Juri_Uluots, lk 25
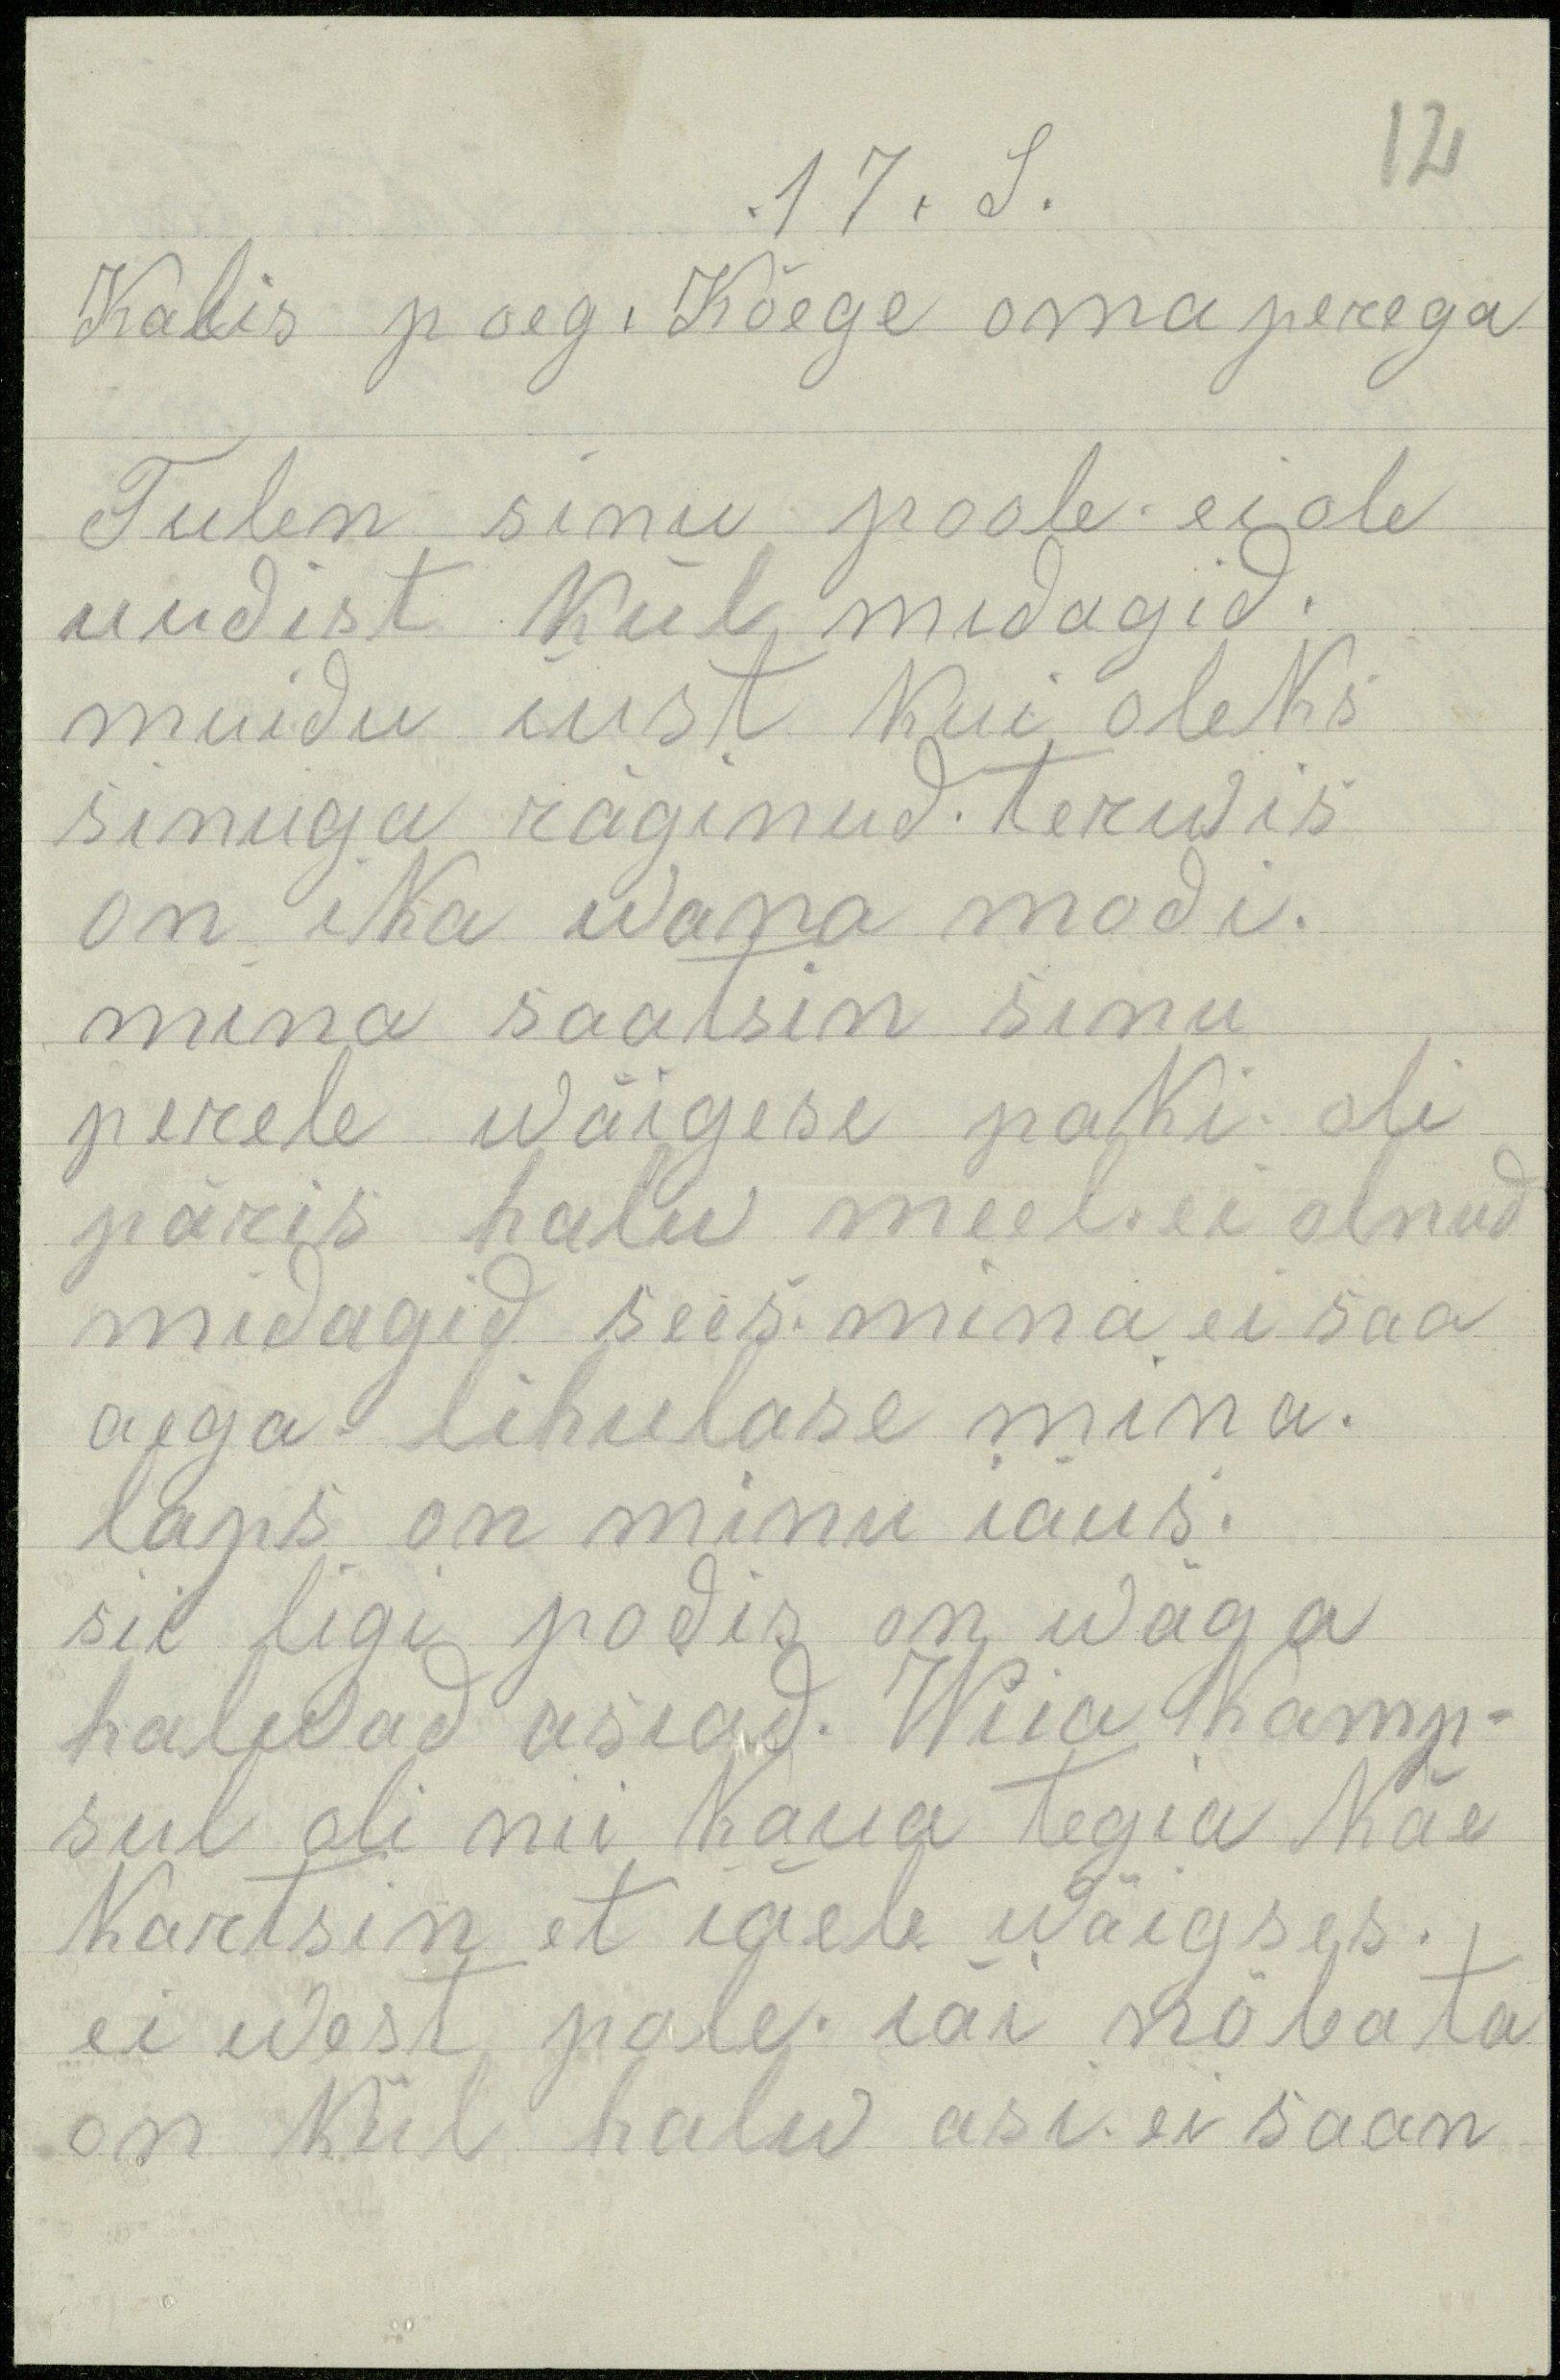
17. S.
Kalis poeg. Kõege oma perega
Tulen sinu poole ei ole
uudist kül midagid.
muidu iust kui oleks
sinuga räginud. terwis
on ika wana modi.
mina saatsin sinu
perele wäigese paki oli
päris halw meel. ei olnud
midagid sees. mina ei saa
aega lihulase mina.
laps on minu iäus.
sii ligi podis on wäga
haledad asiad. Wiia kamp-
sul oli nii kaua tegia käe
kartsin et iäeb wäigses.
ei west pole. iäi nöbata
on kül halw asi ei saan

12